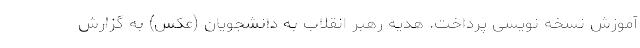
آموزش نسخه نویسی پرداخت. هدیه رهبر انقلاب به دانشجویان (عکس) به گزارش